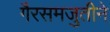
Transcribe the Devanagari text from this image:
गैरसमजुतीने